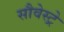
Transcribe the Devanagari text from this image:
सौवेस्ट्रे